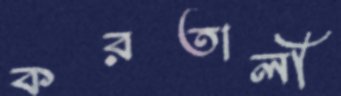
করতালী